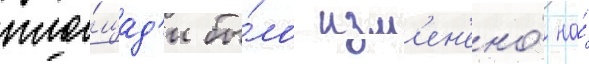
пло́щад'и бы́ло изм'ен'ено́ на́